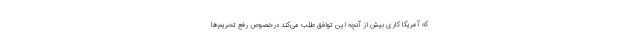
که آمریکا کاری بیش از آنچه این توافق طلب می‌کند درخصوص رفع تحریم‌ها